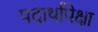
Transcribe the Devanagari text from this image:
पदार्थापेक्षा